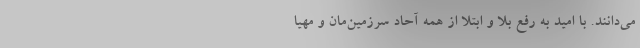
می‌دانند. با امید به رفع بلا و ابتلا از همه آحاد سرزمین‌مان و مهیا